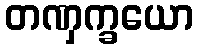
တဏှက္ခယော